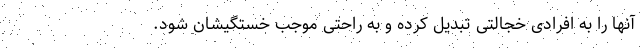
آنها را به افرادی خجالتی تبدیل کرده و به راحتی موجب خستگیشان شود.